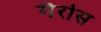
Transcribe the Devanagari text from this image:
गैर्रोस